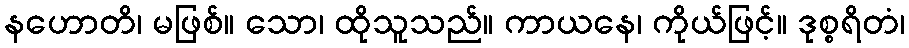
နဟောတိ၊ မဖြစ်။ သော၊ ထိုသူသည်။ ကာယနေ၊ ကိုယ်ဖြင့်။ ဒုစ္စရိတံ၊